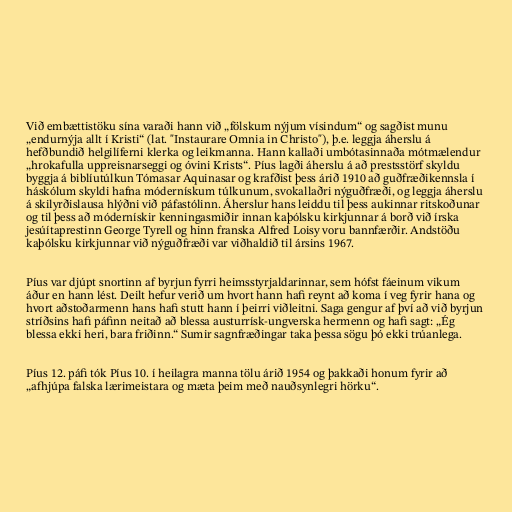
Við embættistöku sína varaði hann við „fölskum nýjum vísindum“ og sagðist munu
„endurnýja allt í Kristi“ (lat. "Instaurare Omnia in Christo"), þ.e. leggja áherslu á
hefðbundið helgilíferni klerka og leikmanna. Hann kallaði umbótasinnaða mótmælendur
„hrokafulla uppreisnarseggi og óvini Krists“. Píus lagði áherslu á að prestsstörf skyldu
byggja á biblíutúlkun Tómasar Aquinasar og krafðist þess árið 1910 að guðfræðikennsla í
háskólum skyldi hafna módernískum túlkunum, svokallaðri nýguðfræði, og leggja áherslu
á skilyrðislausa hlýðni við páfastólinn. Áherslur hans leiddu til þess aukinnar ritskoðunar
og til þess að módernískir kenningasmiðir innan kaþólsku kirkjunnar á borð við írska
jesúítaprestinn George Tyrell og hinn franska Alfred Loisy voru bannfærðir. Andstöðu
kaþólsku kirkjunnar við nýguðfræði var viðhaldið til ársins 1967.

Píus var djúpt snortinn af byrjun fyrri heimsstyrjaldarinnar, sem hófst fáeinum vikum
áður en hann lést. Deilt hefur verið um hvort hann hafi reynt að koma í veg fyrir hana og
hvort aðstoðarmenn hans hafi stutt hann í þeirri viðleitni. Saga gengur af því að við byrjun
stríðsins hafi páfinn neitað að blessa austurrísk-ungverska hermenn og hafi sagt: „Ég
blessa ekki heri, bara friðinn.“ Sumir sagnfræðingar taka þessa sögu þó ekki trúanlega.

Píus 12. páfi tók Píus 10. í heilagra manna tölu árið 1954 og þakkaði honum fyrir að
„afhjúpa falska lærimeistara og mæta þeim með nauðsynlegri hörku“.